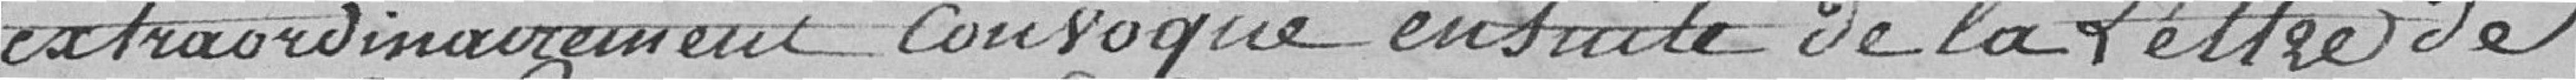
extraordinairement convoqué ensuite de la Lettre de